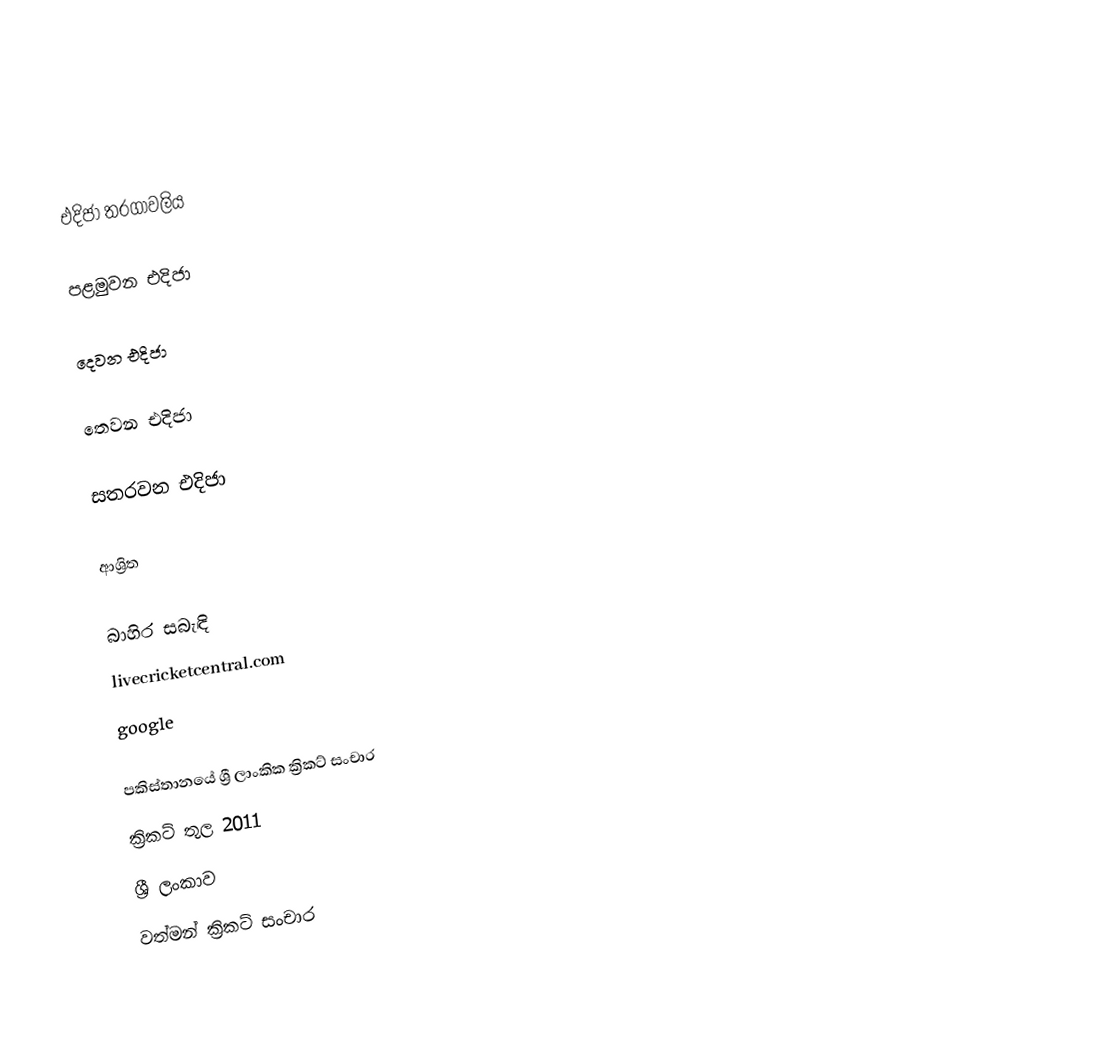

එදිජා තරගාවලිය

පළමුවන එදිජා

දෙවන එදිජා

තෙවන එදිජා

සතරවන එදිජා

ආශ්‍රිත

බාහිර සබැඳි
 livecricketcentral.com
 google

පකිස්තානයේ ශ්‍රී ලාංකික ක්‍රිකට් සංචාර
ක්‍රිකට් තුල 2011
ශ්‍රී ලංකාව
වත්මන් ක්‍රිකට් සංචාර